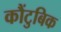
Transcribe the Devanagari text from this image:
कौंटुबिक